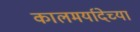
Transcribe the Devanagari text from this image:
कालमर्यादेच्या